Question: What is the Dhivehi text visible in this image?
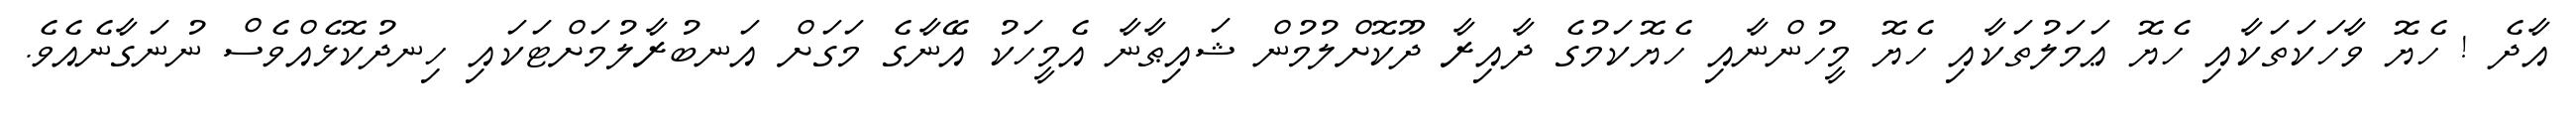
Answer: އާދެ ! ހެޔޮ ވާހަކަތަކާއި ހެޔޮ ޢަމަލުތަކާއި ހެޔޮ މީހުންނާއި ހެޔޮކަމުގެ ދާއިރާ ދޫކޮށްލުމުން ޝައިޠާނާ އެމީހަކު އޭނާގެ މަގަށް އަނބުރާލުމަށްޓަކައި ހިނދުކޮޅެއްވެސް ނުނަގާނެއެވެ.